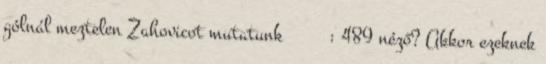
gólnál meztelen Zahovicot mutatunk Свобода: 489 néző? Akkor ezeknek